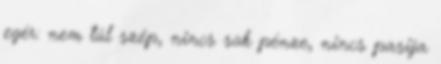
egér: nem túl szép, nincs sok pénze, nincs pasija